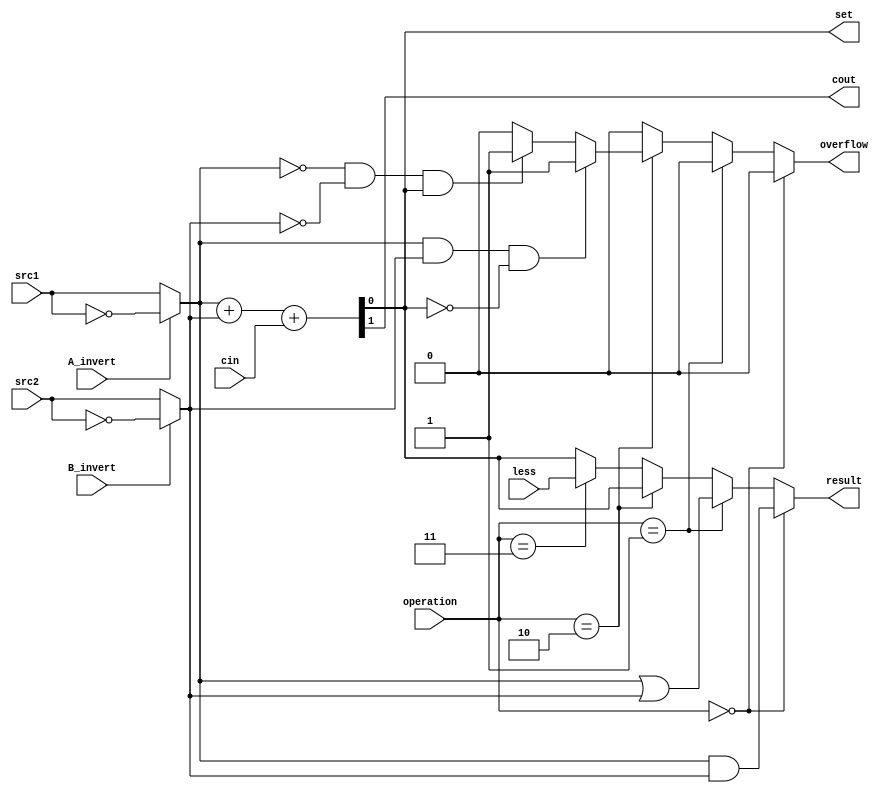
`timescale 1ns/1ps

module alu_bot(
               src1,       //1 bit source 1 (input)
               src2,       //1 bit source 2 (input)
               less,       //1 bit less     (input)
               A_invert,   //1 bit A_invert (input)
               B_invert,   //1 bit B_invert (input)
               cin,        //1 bit carry in (input)
               operation,  //operation      (input)
               result,     //1 bit result   (output)
               set,
               overflow,
               cout
               );

input         src1;
input         src2;
input         less;
input         A_invert;
input         B_invert;
input         cin;
input [2-1:0] operation;

output        result;
output        overflow;
output        set;
output        cout;

reg           result;
reg           overflow;
reg           set;
reg           cout;
reg           _src1;
reg           _src2;

always@( * ) begin
    // init
    _src1 = src1;
    _src2 = src2;
    if (A_invert) _src1 = !src1;
    if (B_invert) _src2 = !src2;
    {cout, result} = _src1 + _src2 + cin;
    set = result;
    overflow = 0;
    
    if (operation == 2'b00) // AND
        result = _src1 & _src2;
    else if (operation == 2'b01) // OR
        result = _src1 | _src2;
    else if (operation == 2'b10) begin // ADD
        {cout, result} = _src1 + _src2 + cin;
        if (_src1 == 1 && _src2 == 1 && result != 1)
            overflow = 1;
        else if (_src1 == 0 && _src2 == 0 && result != 0)
            overflow = 1;
        else
            overflow = 0;
    end
    else if (operation == 4'b11) // LESS
        result = less;
end

endmodule